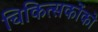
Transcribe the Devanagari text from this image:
चिकित्सकोंको